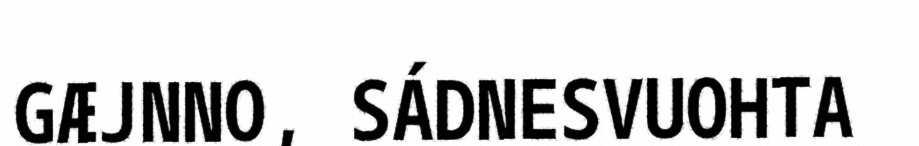
GÆJNNO, SÁDNESVUOHTA